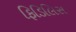
ફિડિલિસ